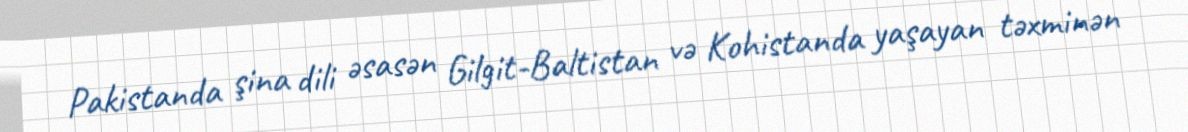
Pakistanda şina dili əsasən Gilgit-Baltistan və Kohistanda yaşayan təxminən